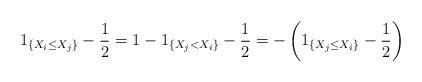
LaTeX: \begin{align*}1_{\{X_i\leq X_j\}}-\frac{1}{2}=1-1_{\{X_j< X_i\}}-\frac{1}{2}=-\left(1_{\{X_j\leq X_i\}}-\frac{1}{2}\right)\end{align*}